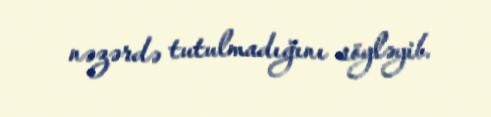
nəzərdə tutulmadığını söyləyib.